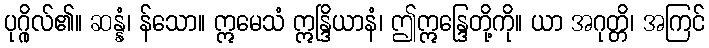
ပုဂ္ဂိုလ်၏။ ဆန္နံ၊ န်သော။ ဣမေသံ ဣန္ဒြိယာနံ၊ ဤဣန္ဒြေတို့ကို။ ယာ အဂုတ္တိ၊ အကြင်